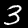
Label: 3